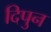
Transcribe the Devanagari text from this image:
दिपुन